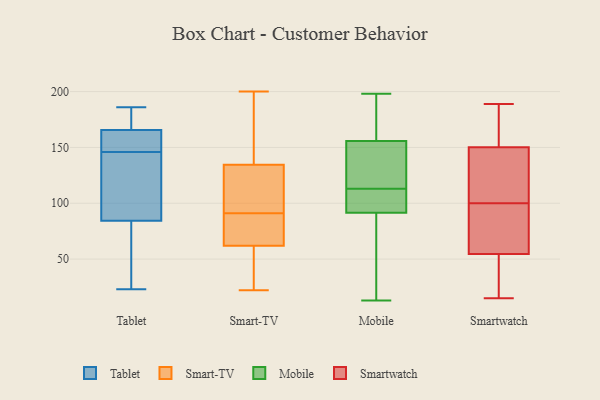
{"axis": {"x": "Net Income (USD K)", "y": "Value"}, "legend": ["Mobile", "Smart-TV", "Smartwatch", "Tablet"], "data": [{"x": "", "y": 158, "type": "Tablet"}, {"x": "", "y": 146, "type": "Tablet"}, {"x": "", "y": 53, "type": "Tablet"}, {"x": "", "y": 149, "type": "Tablet"}, {"x": "", "y": 76, "type": "Tablet"}, {"x": "", "y": 183, "type": "Tablet"}, {"x": "", "y": 139, "type": "Tablet"}, {"x": "", "y": 153, "type": "Tablet"}, {"x": "", "y": 174, "type": "Tablet"}, {"x": "", "y": 186, "type": "Tablet"}, {"x": "", "y": 109, "type": "Tablet"}, {"x": "", "y": 32, "type": "Tablet"}, {"x": "", "y": 168, "type": "Tablet"}, {"x": "", "y": 126, "type": "Tablet"}, {"x": "", "y": 23, "type": "Tablet"}, {"x": "", "y": 93, "type": "Smart-TV"}, {"x": "", "y": 200, "type": "Smart-TV"}, {"x": "", "y": 154, "type": "Smart-TV"}, {"x": "", "y": 88, "type": "Smart-TV"}, {"x": "", "y": 103, "type": "Smart-TV"}, {"x": "", "y": 128, "type": "Smart-TV"}, {"x": "", "y": 88, "type": "Smart-TV"}, {"x": "", "y": 22, "type": "Smart-TV"}, {"x": "", "y": 35, "type": "Smart-TV"}, {"x": "", "y": 71, "type": "Smart-TV"}, {"x": "", "y": 91, "type": "Smart-TV"}, {"x": "", "y": 166, "type": "Smart-TV"}, {"x": "", "y": 30, "type": "Smart-TV"}, {"x": "", "y": 128, "type": "Mobile"}, {"x": "", "y": 93, "type": "Mobile"}, {"x": "", "y": 141, "type": "Mobile"}, {"x": "", "y": 113, "type": "Mobile"}, {"x": "", "y": 85, "type": "Mobile"}, {"x": "", "y": 149, "type": "Mobile"}, {"x": "", "y": 91, "type": "Mobile"}, {"x": "", "y": 13, "type": "Mobile"}, {"x": "", "y": 158, "type": "Mobile"}, {"x": "", "y": 171, "type": "Mobile"}, {"x": "", "y": 169, "type": "Mobile"}, {"x": "", "y": 100, "type": "Mobile"}, {"x": "", "y": 198, "type": "Mobile"}, {"x": "", "y": 23, "type": "Mobile"}, {"x": "", "y": 109, "type": "Mobile"}, {"x": "", "y": 17, "type": "Smartwatch"}, {"x": "", "y": 186, "type": "Smartwatch"}, {"x": "", "y": 15, "type": "Smartwatch"}, {"x": "", "y": 127, "type": "Smartwatch"}, {"x": "", "y": 166, "type": "Smartwatch"}, {"x": "", "y": 189, "type": "Smartwatch"}, {"x": "", "y": 113, "type": "Smartwatch"}, {"x": "", "y": 148, "type": "Smartwatch"}, {"x": "", "y": 80, "type": "Smartwatch"}, {"x": "", "y": 35, "type": "Smartwatch"}, {"x": "", "y": 50, "type": "Smartwatch"}, {"x": "", "y": 100, "type": "Smartwatch"}, {"x": "", "y": 26, "type": "Smartwatch"}, {"x": "", "y": 77, "type": "Smartwatch"}, {"x": "", "y": 180, "type": "Smartwatch"}, {"x": "", "y": 135, "type": "Smartwatch"}, {"x": "", "y": 151, "type": "Smartwatch"}, {"x": "", "y": 68, "type": "Smartwatch"}, {"x": "", "y": 85, "type": "Smartwatch"}]}